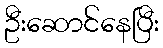
ဦးဆောင်နေပြီး